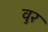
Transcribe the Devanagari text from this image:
वुर